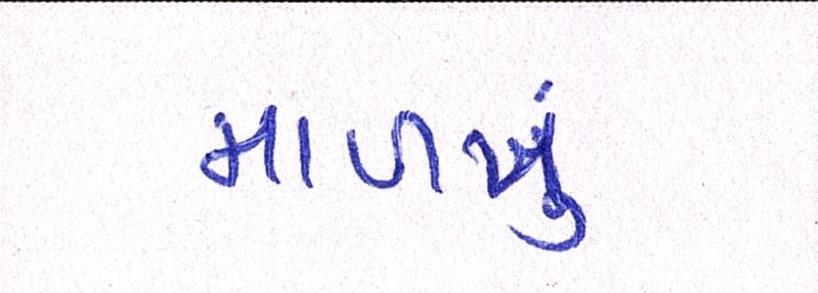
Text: માળખું